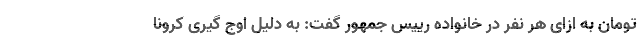
تومان به ازای هر نفر در خانواده رییس جمهور گفت: به دلیل اوج گیری کرونا